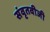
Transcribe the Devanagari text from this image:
संवृतवीजी